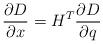
LaTeX: \begin{align*}\frac{\partial D}{\partial x}=H^{T}\frac{\partial D}{\partial q}\end{align*}